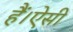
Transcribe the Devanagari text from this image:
हैं।ऐसी